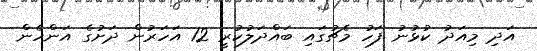
އަދި މިއަދު ކުޅުނު ފަހު މެޗުގައި ބައްދަލުކުރީ 12 އަހަރުން ދަށުގެ އަންހެން